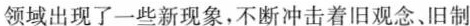
领域出现了一些新现象，不断冲击着旧观念、旧制